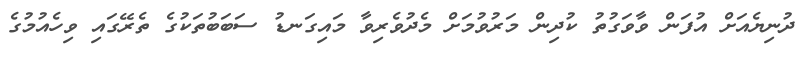
ދުނިޔެއަށް އުފަން ވާވަގުތު ކުދިން މަރުވުމަށް މެދުވެރިވާ މައިގަނޑު ސަބަބުތަކުގެ ތެރޭގައި ވިހެއުމުގެ